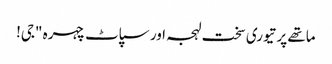
ماتھے پر تیوری سخت لہجہ اور سپاٹ چہرہ "جی!